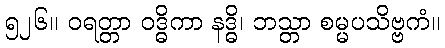
၅၂၆။ ဝရတ္တာ ဝဒ္ဓိကာ နဒ္ဓိ၊ ဘသ္တာ စမ္မပသိဗ္ဗကံ။